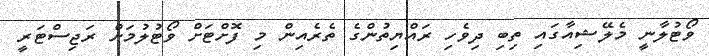
ވޯޓުލާނީ މެލޭޝިއާގައި ތިބި ދިވެހި ރައްޔިތުންގެ ތެރެއިން މި ފޮށްޓަށް ވޯޓުލުމަށް ރަޖިސްޓަރީ